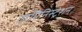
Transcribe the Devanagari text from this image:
एडमिनिस्ट्रेशन